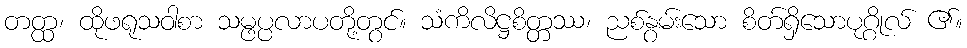
တတ္ထ၊ ထိုဖရုသဝါစာ သမ္ဖပ္ပလာပတို့တွင်။ သံကိလိဋ္ဌစိတ္တဿ၊ ညစ်နွမ်းသော စိတ်ရှိသောပုဂ္ဂိုလ် ၏။